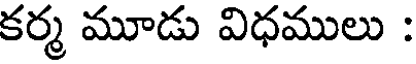
కర్మ మూడు విధములు :